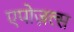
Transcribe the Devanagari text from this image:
एपोज़ल्स